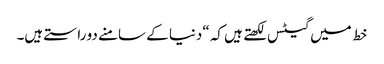
خط میں گیٹس لکھتے ہیں کہ “دنیا کے سامنے دو راستے ہیں۔